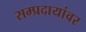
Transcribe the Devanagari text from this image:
सम्प्रदायांवर